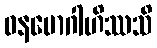
ဝနမောဂါဟိဿသိ